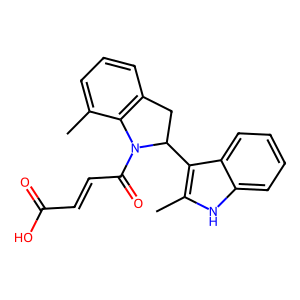
SMILES: Cc1cccc2c1N(C(=O)C=CC(=O)O)C(c1c(C)[nH]c3ccccc13)C2
Inhibits HIV replication: No